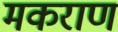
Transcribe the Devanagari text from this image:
मकराण